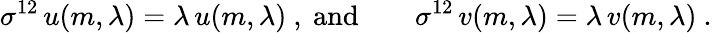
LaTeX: \sigma^{12}\, u(m,\lambda)=\lambda\, u(m,\lambda)\ ,\ \mathrm{and}\qquad\sigma^{12}\, v(m,\lambda)=\lambda\, v(m,\lambda)\ .